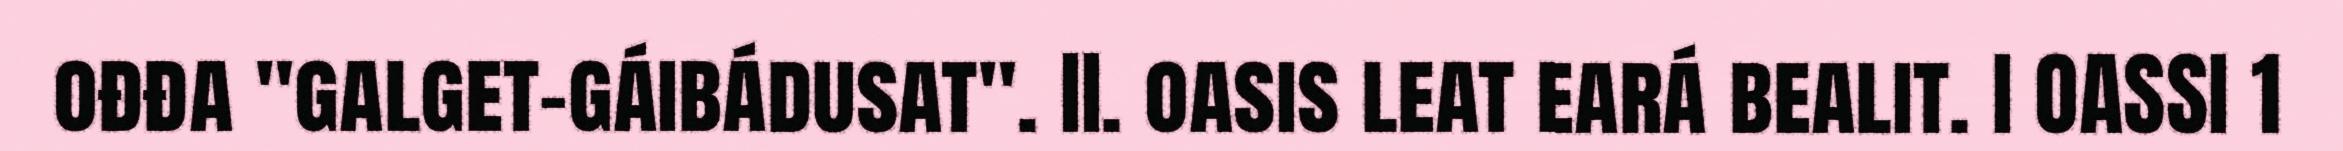
ođđa "galget-gáibádusat". II. oasis leat eará bealit. I OASSI 1